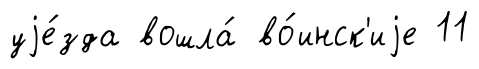
уjе́зда вошла́ во́инск'иjе 11